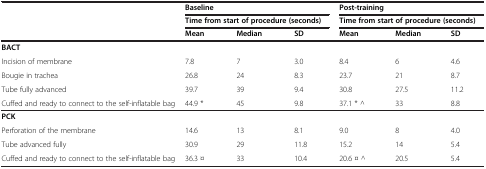
| <ROWSPAN=3>  | <COLSPAN=3> Baseline | <COLSPAN=3> Post-training |
 | <COLSPAN=3> Time from start of procedure (seconds) | <COLSPAN=3> Time from start of procedure (seconds) |
 | Mean | Median | SD | Mean | Median | SD |
 | --- | --- | --- | --- | --- | --- | --- |
 | <COLSPAN=7> BACT |
 | Incision of membrane | 7.8 | 7 | 3.0 | 8.4 | 6 | 4.6 |
 | Bougie in trachea | 26.8 | 24 | 8.3 | 23.7 | 21 | 8.7 |
 | Tube fully advanced | 39.7 | 39 | 9.4 | 30.8 | 27.5 | 11.2 |
 | Cuffed and ready to connect to the self-inflatable bag | 44.9 * | 45 | 9.8 | 37.1 * ^ | 33 | 8.8 |
 | <COLSPAN=7> PCK |
 | Perforation of the membrane | 14.6 | 13 | 8.1 | 9.0 | 8 | 4.0 |
 | Tube advanced fully | 30.9 | 29 | 11.8 | 15.2 | 14 | 5.4 |
 | Cuffed and ready to connect to the self-inflatable bag | 36.3 ¤ | 33 | 10.4 | 20.6 ¤ ^ | 20.5 | 5.4 |